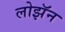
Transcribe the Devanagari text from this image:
लोझॅन